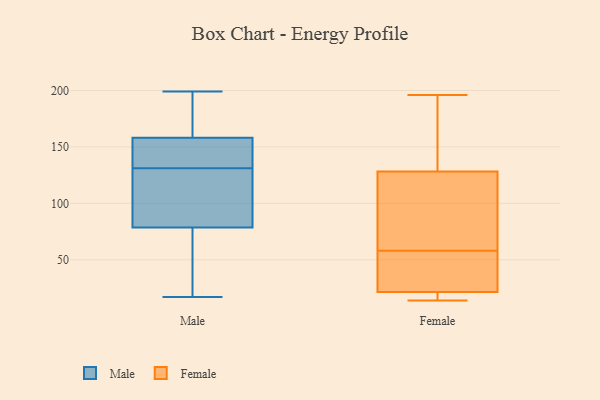
{"axis": {"x": "Satisfaction Score", "y": "Value"}, "legend": ["Female", "Male"], "data": [{"x": "", "y": 17, "type": "Male"}, {"x": "", "y": 100, "type": "Male"}, {"x": "", "y": 65, "type": "Male"}, {"x": "", "y": 180, "type": "Male"}, {"x": "", "y": 154, "type": "Male"}, {"x": "", "y": 199, "type": "Male"}, {"x": "", "y": 63, "type": "Male"}, {"x": "", "y": 180, "type": "Male"}, {"x": "", "y": 79, "type": "Male"}, {"x": "", "y": 122, "type": "Male"}, {"x": "", "y": 154, "type": "Male"}, {"x": "", "y": 193, "type": "Male"}, {"x": "", "y": 154, "type": "Male"}, {"x": "", "y": 74, "type": "Male"}, {"x": "", "y": 105, "type": "Male"}, {"x": "", "y": 78, "type": "Male"}, {"x": "", "y": 148, "type": "Male"}, {"x": "", "y": 129, "type": "Male"}, {"x": "", "y": 133, "type": "Male"}, {"x": "", "y": 162, "type": "Male"}, {"x": "", "y": 35, "type": "Female"}, {"x": "", "y": 60, "type": "Female"}, {"x": "", "y": 58, "type": "Female"}, {"x": "", "y": 196, "type": "Female"}, {"x": "", "y": 178, "type": "Female"}, {"x": "", "y": 93, "type": "Female"}, {"x": "", "y": 14, "type": "Female"}, {"x": "", "y": 15, "type": "Female"}, {"x": "", "y": 140, "type": "Female"}, {"x": "", "y": 56, "type": "Female"}, {"x": "", "y": 17, "type": "Female"}]}